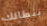
بنطالك